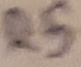
Text: R5